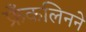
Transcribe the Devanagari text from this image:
फ्रँकलिनने